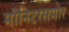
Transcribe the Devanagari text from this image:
मॉनिटरसमोर